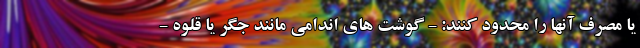
یا مصرف آنها را محدود کنند: - گوشت های اندامی مانند جگر یا قلوه -